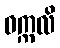
ဝက္ကလိ